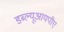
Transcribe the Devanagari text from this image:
डब्ल्यूआयपीए